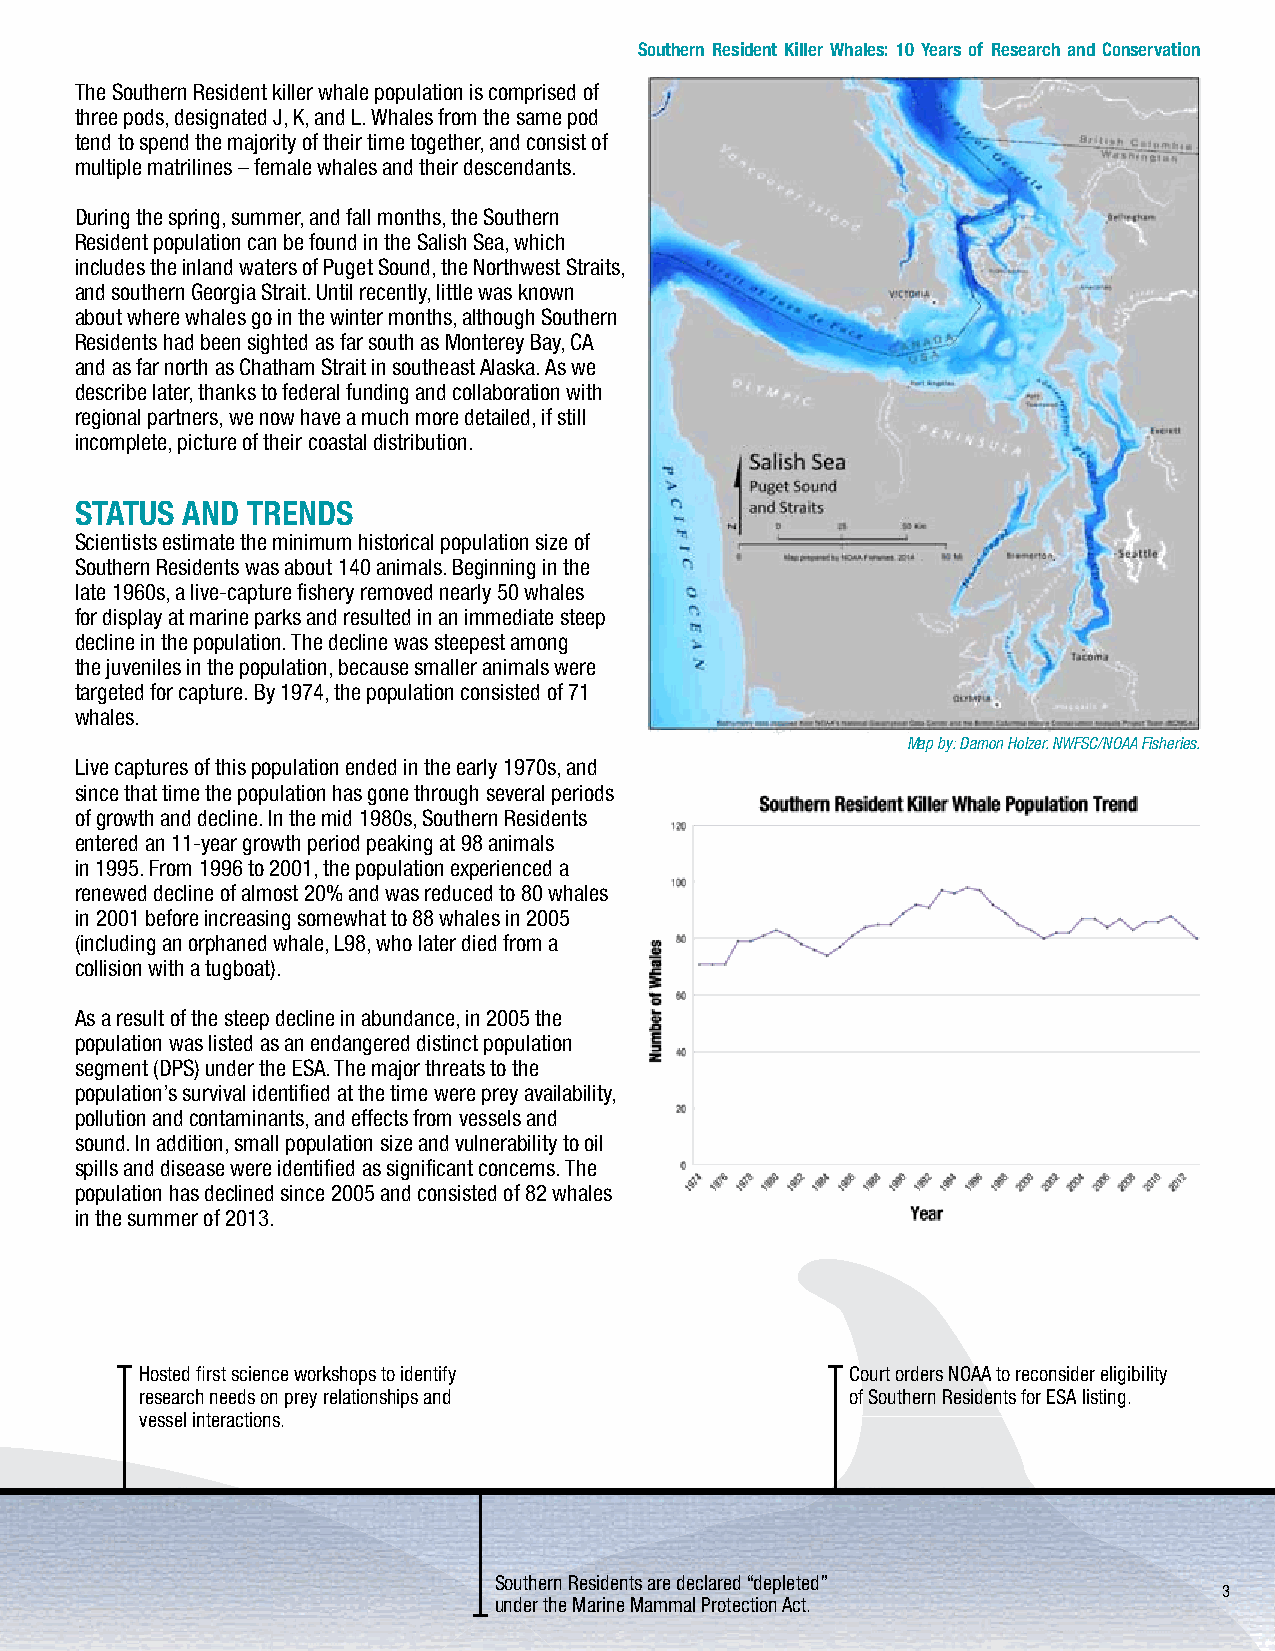
Southern Resident Killer Whales: 10 Years of Research and Conservation
 The Southern Resident killer whale population is comprised of
 three pods, designated J, K, and L. Whales from the same pod
 tend to spend the majority of their time together, and consist of
 multiple matrilines – female whales and their descendants.
 During the spring, summer, and fall months, the Southern
 Resident population can be found in the Salish Sea, which
 includes the inland waters of Puget Sound, the Northwest Straits,
 and southern Georgia Strait. Until recently, little was known
 about where whales go in the winter months, although Southern
 Residents had been sighted as far south as Monterey Bay, CA
 and as far north as Chatham Strait in southeast Alaska. As we
 describe later, thanks to federal funding and collaboration with
 regional partners, we now have a much more detailed, if still
 incomplete, picture of their coastal distribution.
 STATUS ANd TRENdS
 Scientists estimate the minimum historical population size of
 Southern Residents was about 140 animals. Beginning in the
 late 1960s, a live-capture fishery removed nearly 50 whales
 for display at marine parks and resulted in an immediate steep
 decline in the population. The decline was steepest among
 the juveniles in the population, because smaller animals were
 targeted for capture. By 1974, the population consisted of 71
 whales.
 Map by: Damon Holzer. NWFSC/NOAA Fisheries.
 Live captures of this population ended in the early 1970s, and
 since that time the population has gone through several periods
 of growth and decline. In the mid 1980s, Southern Residents
 entered an 11-year growth period peaking at 98 animals
 in 1995. From 1996 to 2001, the population experienced a
 renewed decline of almost 20% and was reduced to 80 whales
 in 2001 before increasing somewhat to 88 whales in 2005
 (including an orphaned whale, L98, who later died from a
 collision with a tugboat).
 As a result of the steep decline in abundance, in 2005 the
 population was listed as an endangered distinct population
 segment (DPS) under the ESA. The major threats to the
 population’s survival identified at the time were prey availability,
 pollution and contaminants, and effects from vessels and
 sound. In addition, small population size and vulnerability to oil
 spills and disease were identified as significant concerns. The
 population has declined since 2005 and consisted of 82 whales
 in the summer of 2013.
 Center for Biological Diversity and others petition Completed Southern Resident Status Review. Hosted first science workshops to identify Court orders NOAA to reconsider eligibility
 agency to list Southern Residents under the ESA. research needs on prey relationships and of Southern Residents for ESA listing.
 vessel interactions.
 2002 2003
 2001
 Determined Southern Residents ineligible Formed scientific team to study Southern Southern Residents are declared “depleted”
 3
 for protection under the ESA. Resident risk factors and data gaps. under the Marine Mammal Protection Act.